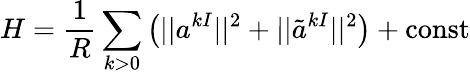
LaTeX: H={\frac{1}{R}}\sum_{k>0}\left(||a^{kI}||^{2}+||\tilde{a}^{kI}||^{2}\right)+\mathrm{const}